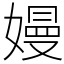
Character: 嫚